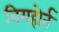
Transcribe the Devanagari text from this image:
बिगहोर्न